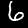
Digit: 6